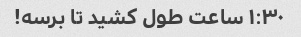
١:٣٠ ساعت طول کشید تا برسه!